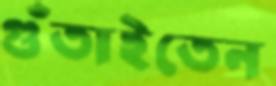
গুঁতাইতেন